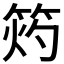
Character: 𥭓